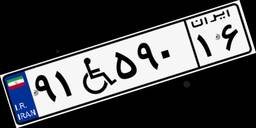
۱۵W۷۷۵۴۲